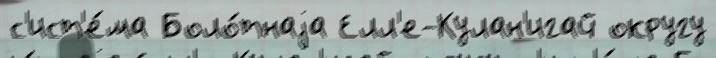
с'ист'е́ма Боло́тнаjа Елл'е-Кулан'игай округу